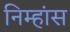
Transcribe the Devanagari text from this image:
निम्हांस